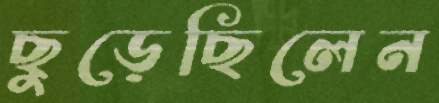
ছুড়েছিলেন